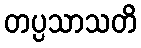
တပ္ပသာသတိ